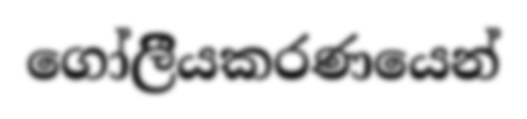
ගෝලීියකරණයෙන්